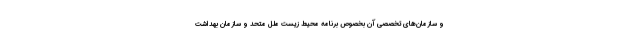
و سازمان‌های تخصصی آن بخصوص برنامه محیط زیست ملل متحد و سازمان بهداشت